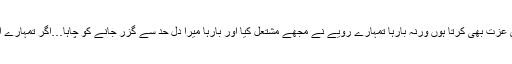
میں تم سے صرف محبت ہی نہیں کرتا، تمہاری عزت بھی کرتا ہوں ورنہ بارہا تمہارے رویے نے مجھے مشتعل کیا اور بارہا میرا دل حد سے گزر جانے کو چاہا…اگر تمہارے احساسات کا پاس نہ ہوتا تو نجانے کیا کرگزرتا۔